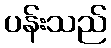
ပန်းသည်